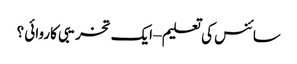
سائنس کی تعلیم – ایک تخریبی کاروائی ؟